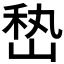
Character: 𰎨